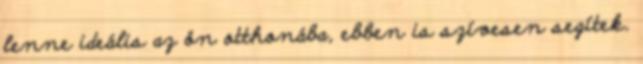
lenne ideális az ön otthonába, ebben is szívesen segítek.